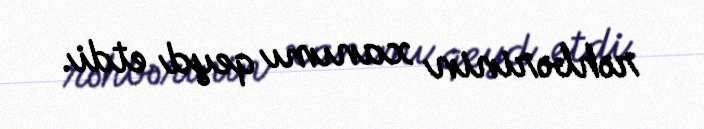
rəhbərinin xanımı qeyd etdi.